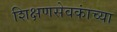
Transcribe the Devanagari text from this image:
शिक्षणसेवकांच्या